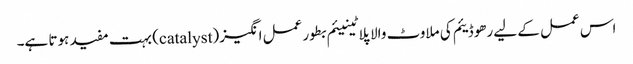
اس عمل کے لیے رھوڈیئم کی ملاوٹ والا پلاٹینیئم بطور عمل انگیز (catalyst) بہت مفید ہوتا ہے۔